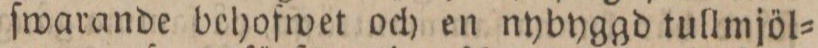
ſwarande behofwet och en nybyggd tullmjöl=